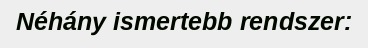
Néhány ismertebb rendszer: